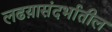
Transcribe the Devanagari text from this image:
लढय़ासंदर्भातील